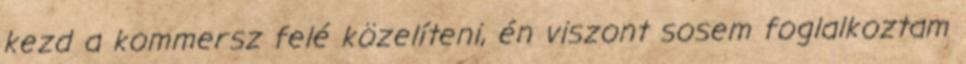
kezd a kommersz felé közelíteni, én viszont sosem foglalkoztam